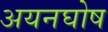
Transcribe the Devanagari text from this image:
अयनघोष